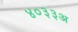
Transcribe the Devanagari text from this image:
४०३३अ